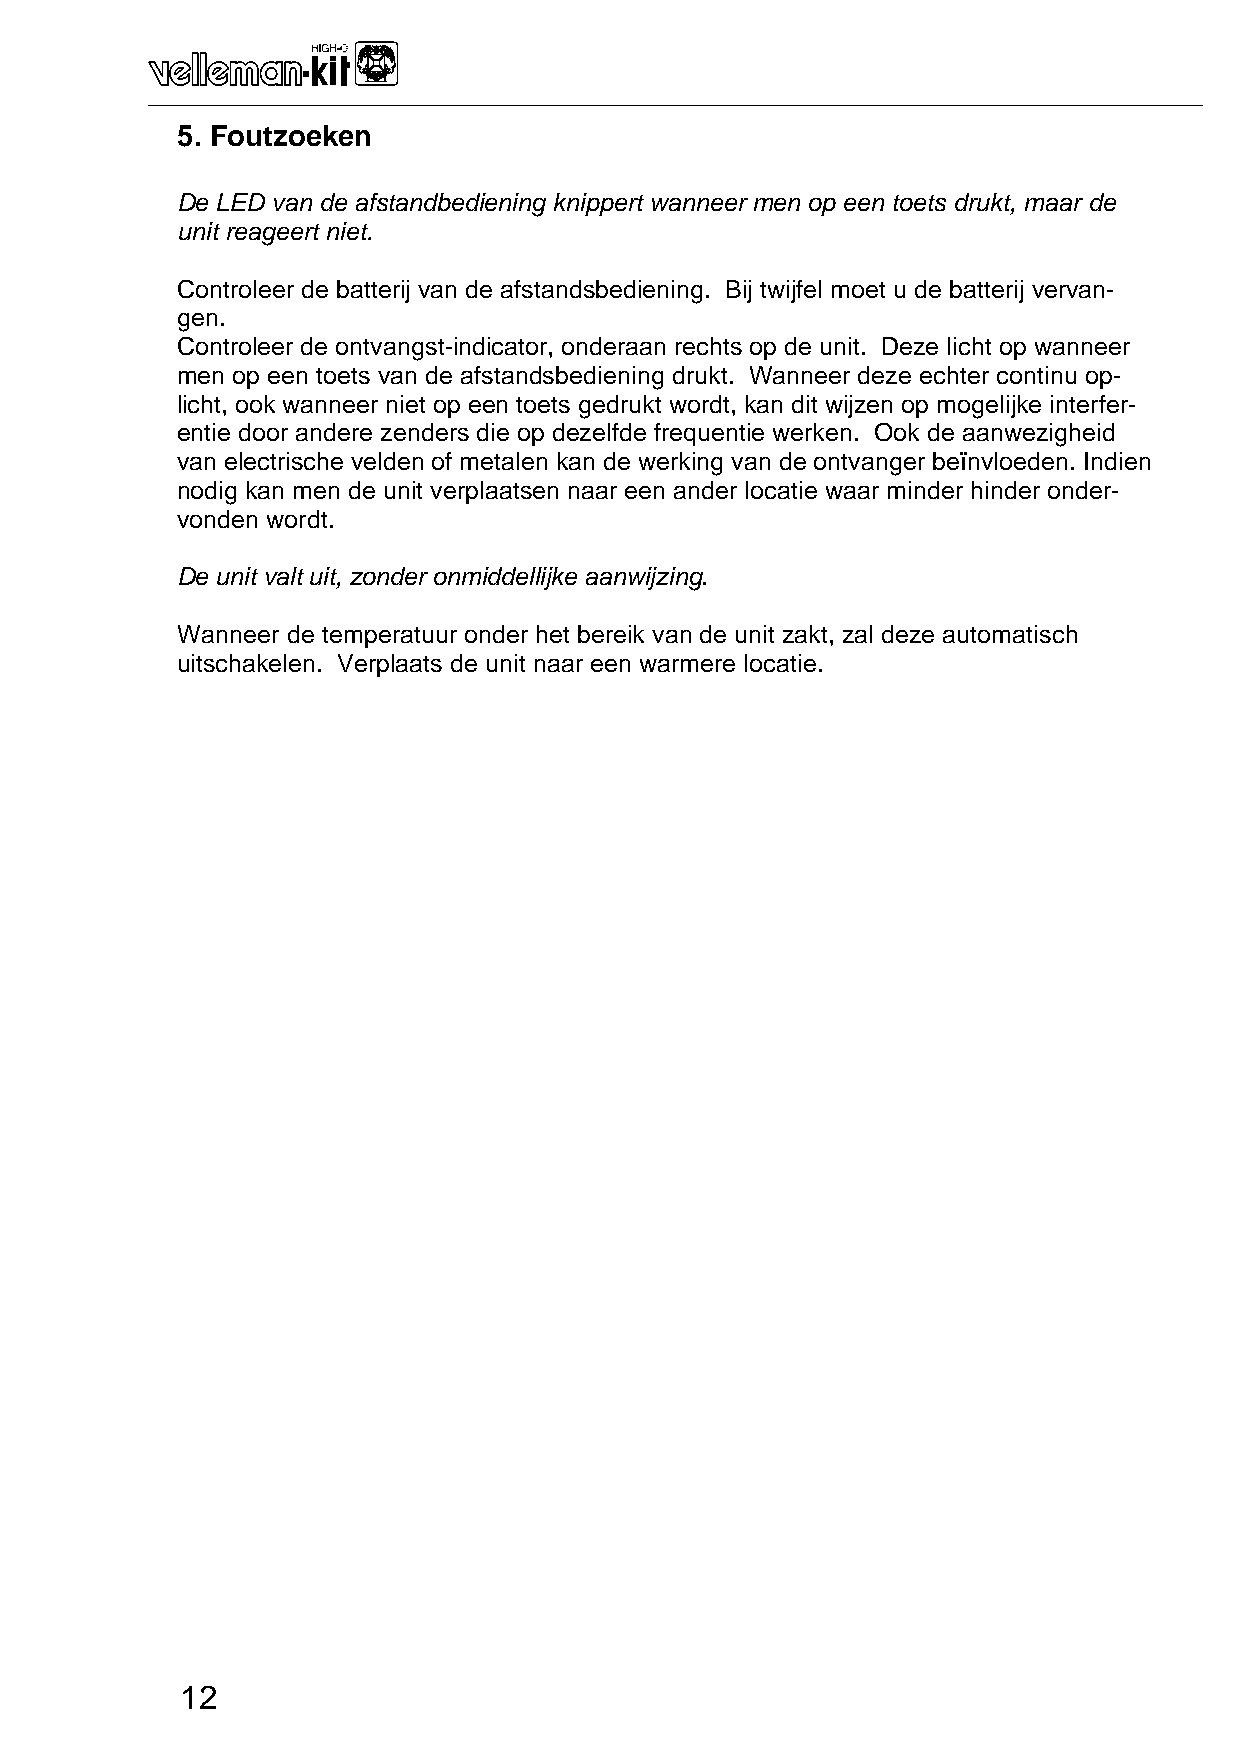
_______________________________________________________________________________________________________________________________________________________
 5. Foutzoeken
 De LED van de afstandbediening knippert wanneer men op een toets drukt, maar de
 unit reageert niet.
 Controleer de batterij van de afstandsbediening. Bij twijfel moet u de batterij vervan-
 gen.
 Controleer de ontvangst-indicator, onderaan rechts op de unit. Deze licht op wanneer
 men op een toets van de afstandsbediening drukt. Wanneer deze echter continu op-
 licht, ook wanneer niet op een toets gedrukt wordt, kan dit wijzen op mogelijke interfer-
 entie door andere zenders die op dezelfde frequentie werken. Ook de aanwezigheid
 van electrische velden of metalen kan de werking van de ontvanger beïnvloeden. Indien
 nodig kan men de unit verplaatsen naar een ander locatie waar minder hinder onder-
 vonden wordt.
 De unit valt uit, zonder onmiddellijke aanwijzing.
 Wanneer de temperatuur onder het bereik van de unit zakt, zal deze automatisch
 uitschakelen. Verplaats de unit naar een warmere locatie.
 12